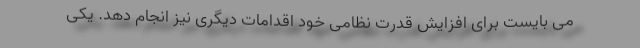
می بایست برای افزایش قدرت نظامی خود اقدامات دیگری نیز انجام دهد. یکی